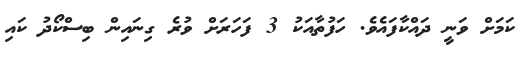
ކަމަށް ވަނީ ދައްކާފައެވެ. ހަފުތާއަކު 3 ފަހަރަށް ވުރެ ގިނައިން ބިސްކޯދު ކައި